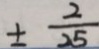
\pm \frac { 2 } { 2 5 }